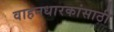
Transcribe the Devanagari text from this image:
वाहनधारकांसाठी